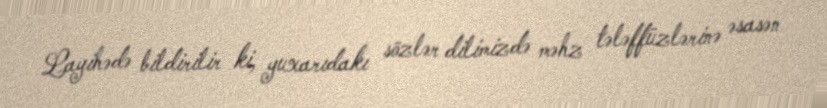
Layihədə bildirilir ki, yuxarıdakı sözlər dilimizdə məhz tələffüzlərinə əsasən